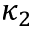
\kappa _ { 2 }